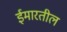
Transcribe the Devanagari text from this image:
ईमारतील